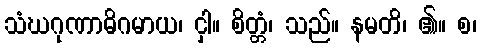
သံဃဂုဏာဓိဂမာယ၊ ငှါ။ စိတ္တံ၊ သည်။ နမတိ၊ ၏။ စ၊